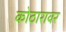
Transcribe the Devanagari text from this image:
कोठारावर